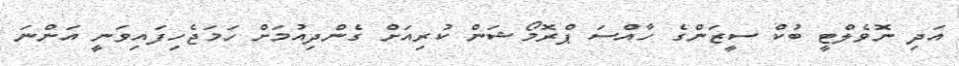
އަދި ނޮވެލްޓީ ބުކް ސީޒަންގެ ހާއްސަ ޕްރޮމޯޝަން ކުރިއަށް ގެންދިއުމަށް ހަމަޖެހިފައިވަނީ އަންނަ